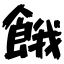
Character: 餓